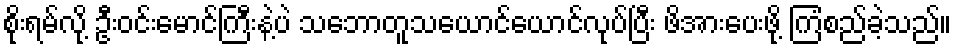
စိုးရမ်လို့ ဦးဝင်းမောင်ကြီးနဲ့ပဲ သဘောတူသယောင်ယောင်လုပ်ပြီး ဖိအားပေးဖို့ ကြံစည်ခဲ့သည်။